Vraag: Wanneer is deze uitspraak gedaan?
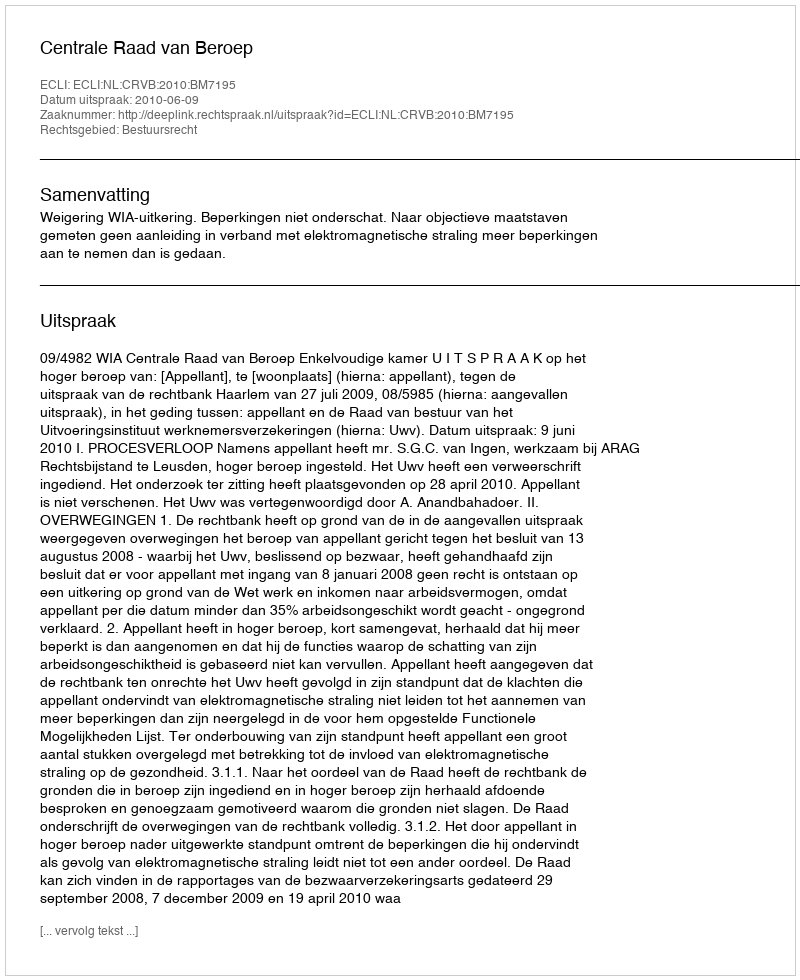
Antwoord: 2010-06-09